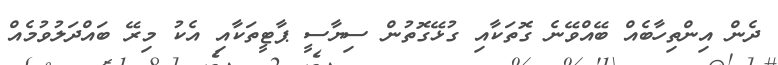
ދެން އިންތިހާބެއް ބޭއްވޭނެ ގޮތަކާއި ގުޅޭގޮތުން ސިޔާސީ ޕާޓީތަކާއި އެކު މިރޭ ބައްދަލުވުމެއް